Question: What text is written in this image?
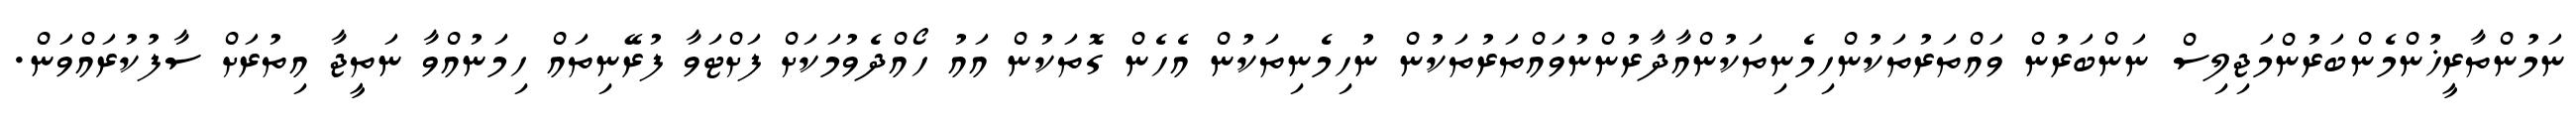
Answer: ނަމުންތާރީޚުންމެންބަރުންމަޖިލިސް ނަންބަރުން ވައްތަރުތަކުންހިމެނިތަކުންއާދާރުންނުވައްތަރުތަކުން ނުހިމެނިތަކުން އެހެން ގޮތަކުން އައު ހޯއްދެވުމަކަށް ފަށްޓަވާ ފުރޭނިތައް ހިމަނުއްވާ ނަތީޖާ އިތުރަށް ސާފުކުރައްވަން.